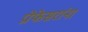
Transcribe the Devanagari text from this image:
प्रोफेसरांना